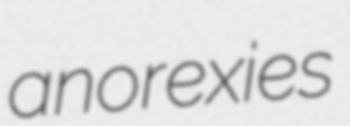
anorexies